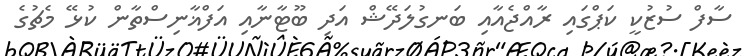
ސާފް ސުޒުކީ ކަޕްގައި ރާއްޖެއާއި ބަނގުލަދޭޝް އަދި ބޫޓާނާއި އަފްޣާނިސްތާން ކުޅޭ މެޗުގެ